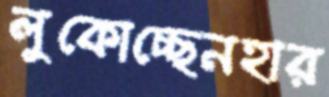
লুকোচ্ছেনহার